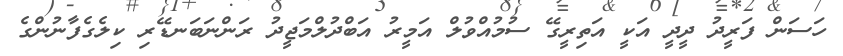
ހަސަން ފަރީދު ދީދީ އަކީ އަތިރީގޭ ސުމުއްވުލް އަމީރު އަބްދުލްމަޖީދު ރަންނަބަނޑޭރި ކިލެގެފާނުންގެ